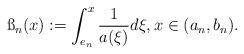
LaTeX: \begin{align*}\ss_n(x):=\int_{e_n}^x \frac{1}{a(\xi)}d\xi,x\in (a_n,b_n).\end{align*}